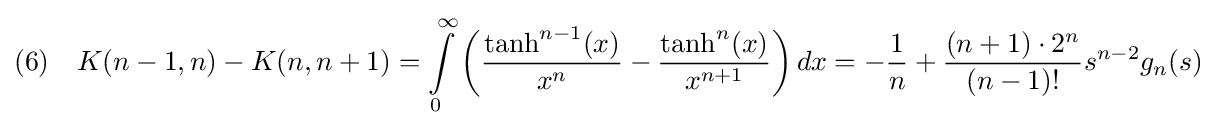
(6)\quad K(n-1,n)-K(n,n+1)=\int \limits _{0}^{\infty }\left({\dfrac {\tanh ^{n-1}(x)}{x^{n}}}-{\dfrac {\tanh ^{n}(x)}{x^{n+1}}}\right)dx=-{\frac {1}{n}}+{\frac {(n+1)\cdot 2^{n}}{(n-1)!}}s^{n-2}g_{n}(s)